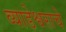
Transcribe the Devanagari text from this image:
व्याडेश्वराचे